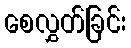
စေလွှတ်ခြင်း